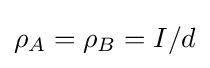
\rho _{A}=\rho _{B}=I/d